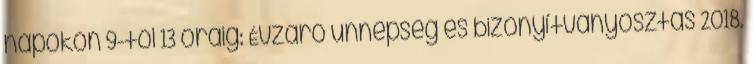
napokon 9-től 13 óráig: Évzáró ünnepség és bizonyítványosztás 2018.